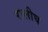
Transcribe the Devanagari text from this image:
रालीघ